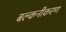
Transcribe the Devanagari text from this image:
बल्कनीकरण